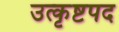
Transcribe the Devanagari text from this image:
उत्कृष्टपद